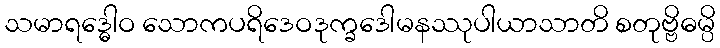
သမာရဒ္ဓေါဝ သောကပရိဒေဝဒုက္ခဒေါမနဿုပါယာသာတိ စတုဗ္ဗိဓမ္ပိ